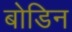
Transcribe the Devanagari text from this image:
बोडिन